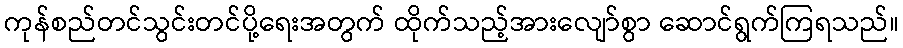
ကုန်စည်တင်သွင်းတင်ပို့ရေးအတွက် ထိုက်သည့်အားလျော်စွာ ဆောင်ရွက်ကြရသည်။